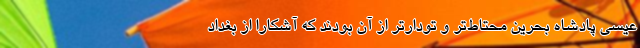
عیسی پادشاه بحرین محتاط‌تر و تودارتر از آن بودند که آشکارا از بغداد